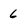
Character: 6